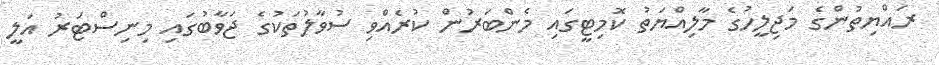
ރައްޔިތުންގެ މަޖިލީހުގެ މާލިއްޔަތު ކޮމިޓީގައި މެންބަރުން ކުރެއްވި ސުވާލުތަކުގެ ޖަވާބުގައި މިނިސްޓަރު އަލީ